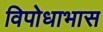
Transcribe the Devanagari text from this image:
विपोधाभास